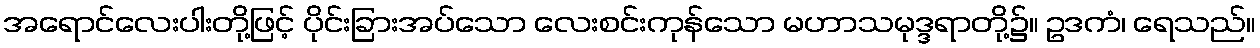
အရောင်လေးပါးတို့ဖြင့် ပိုင်းခြားအပ်သော လေးစင်းကုန်သော မဟာသမုဒ္ဒရာတို့၌။ ဥဒကံ၊ ရေသည်။